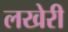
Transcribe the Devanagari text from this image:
लखेरी